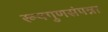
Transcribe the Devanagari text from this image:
रूपगुणसंपन्ना